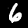
Label: 6